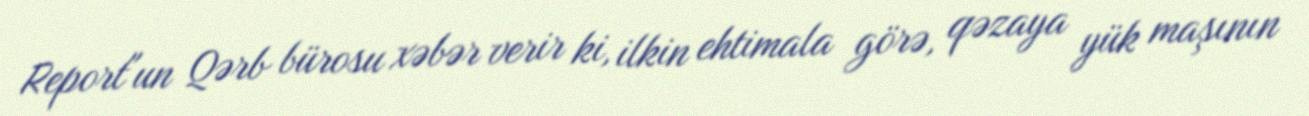
Report"un Qərb bürosu xəbər verir ki, ilkin ehtimala görə, qəzaya yük maşının